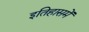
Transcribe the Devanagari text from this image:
इतिहासमें